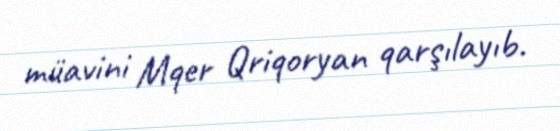
müavini Mqer Qriqoryan qarşılayıb.